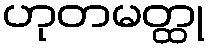
ဟုတမတ္ထု